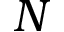
N